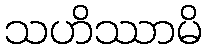
သဟိဿာမိ